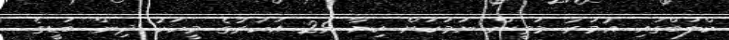
ކްލަބްގައި އުމަރު މަތީން ނަމަކަށް ކިޔާ 29 އަހަރުގެ މީހަކު ދިން ބަޑީގެ